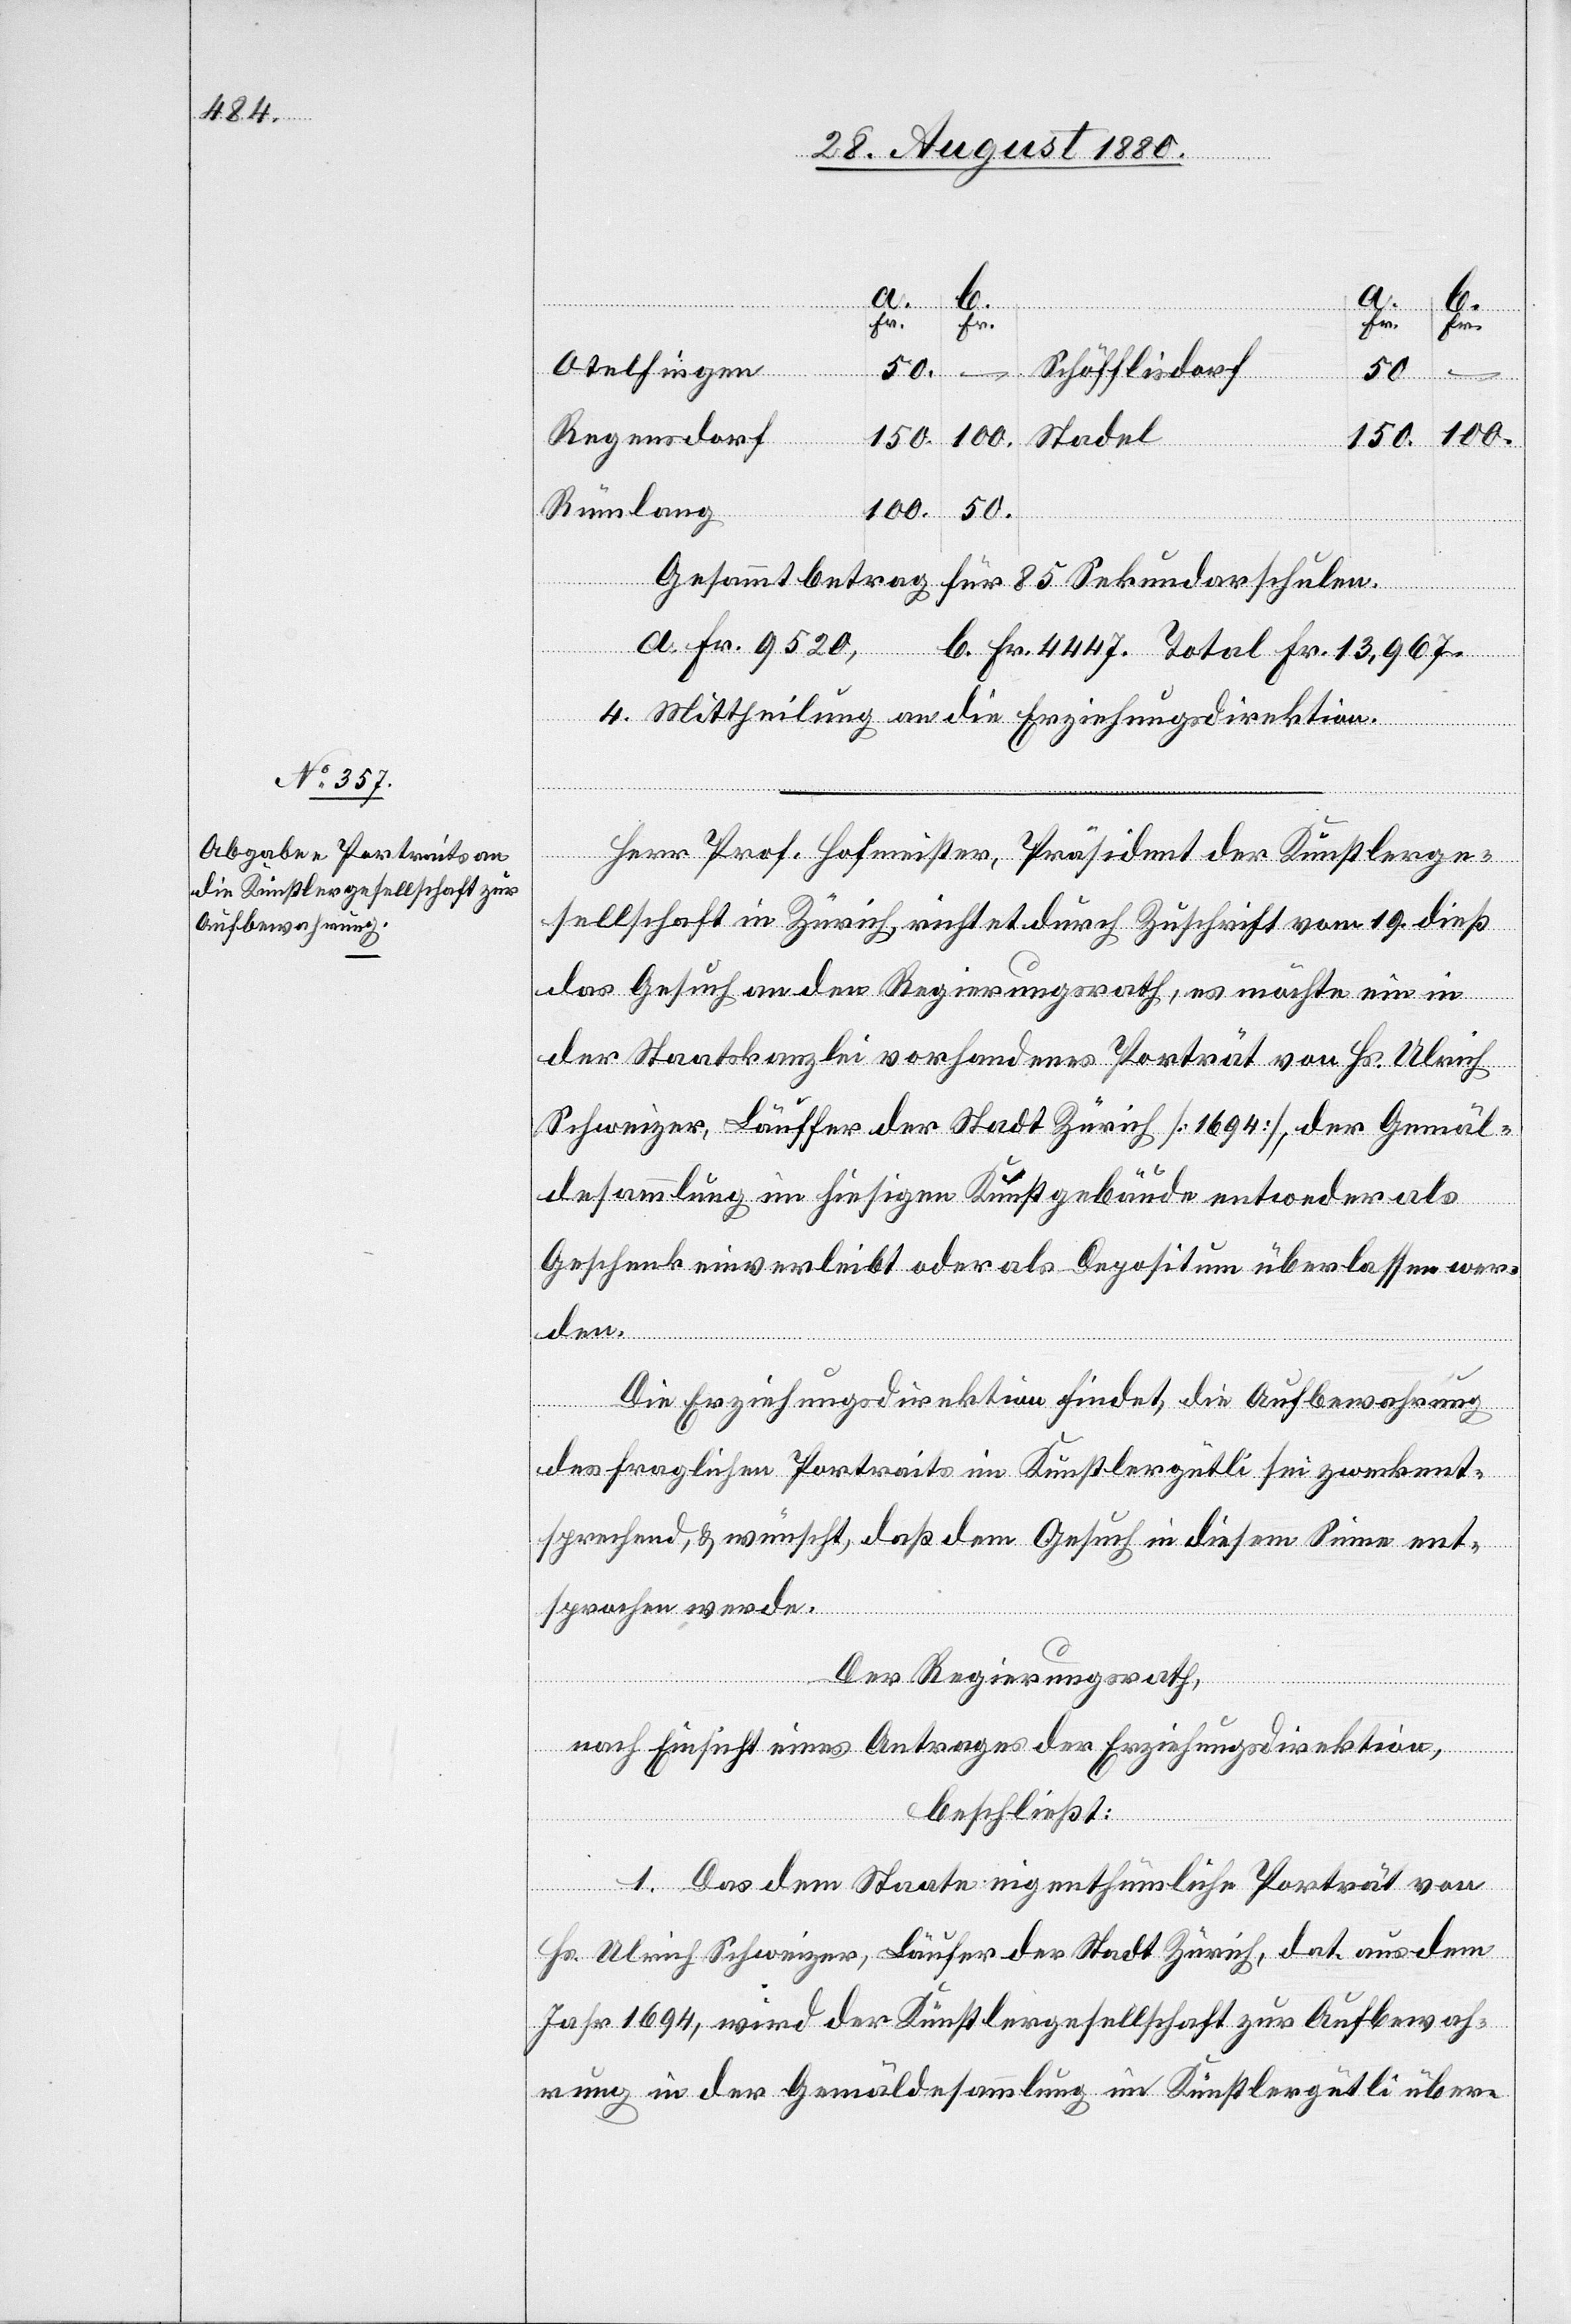
b.
Fr.
Fr.
Fr.
Fr.
Otelfingen
Schöfflisdorf
50.
Regensdorf
100.
a.
150.
Stadel
100.
Rümlang
Gesammtbetrag für 85 Sekundarschulen.
a. Fr. 9520, b. Fr. 4447. Total Fr. 13,967.
4. Mittheilung an die Erziehungsdirektion.
Herr Prof. Hofmeister, Präsident der Künstlerge¬
sellschaft in Zürich, richtet durch Zuschrift vom 19. dieß
das Gesuch an den Regierungsrath, es möchte ein in
der Staatskanzlei vorhandenes Porträt von Hs. Ulrich
Schweizer, Läuffer [sic!] der Stadt Zürich [1694], der Gemäl¬
desammlung im hiesigen Kunstgebäude entweder als
Geschenk einverleibt oder als Depositum überlassen wer¬
den.
Die Erziehungsdirektion findet, die Aufbewahrung
des fraglichen Portraits im Künstlergütli sei zweckent¬
sprechend, & wünscht, daß dem Gesuch in diesem Sinne ent¬
sprochen werde.
Der Regierungsrath,
nach Einsicht eines Antrages der Erziehungsdirektion,
beschließt:
1. Das dem Staate eigenthümliche Porträt von
Hs. Ulrich Schweizer, Läufer der Stadt Zürich, dat. aus dem
Jahr 1694, wird der Künstlergesellschaft zur Aufbewah¬
rung in der Gemäldesammlung im Künstlergütli über-